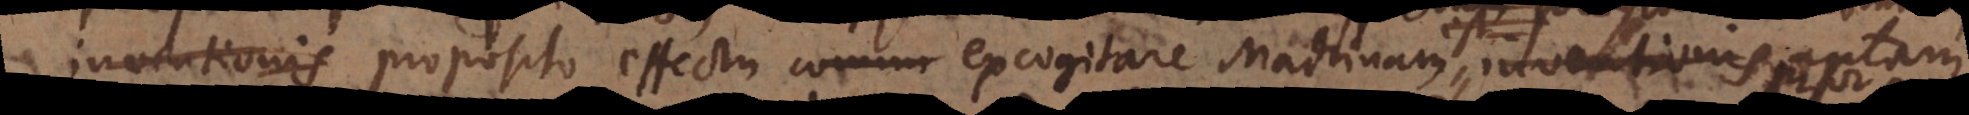
inventionis proposito effectu excogitare Machinam est inventionis